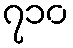
၇၁၀